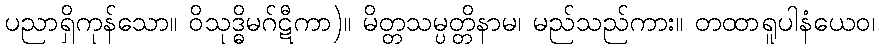
ပညာရှိကုန်သော။ ဝိသုဒ္ဓိမဂ်ဋီကာ)။ မိတ္တသမ္ပတ္တိနာမ၊ မည်သည်ကား။ တထာရူပါနံယေဝ၊